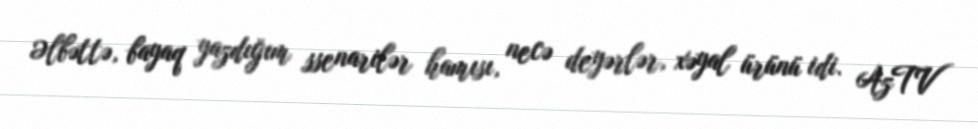
Əlbəttə, bayaq yazdığım ssenarilər hamısı, necə deyərlər, xəyal ürünü idi. AzTV